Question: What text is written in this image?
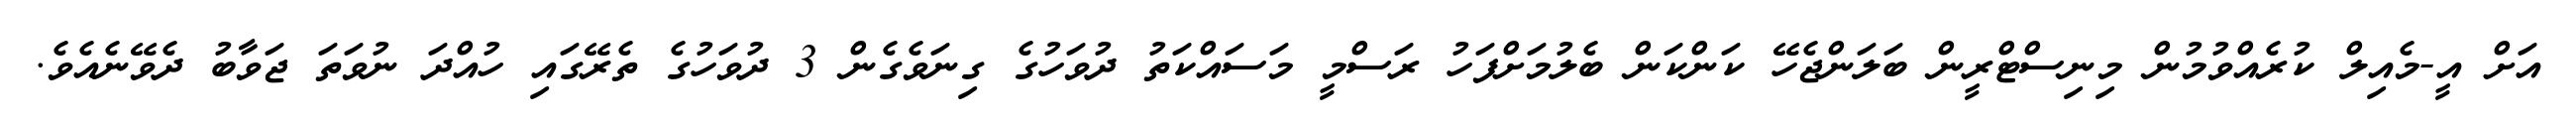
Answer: އަށް އީ-މެއިލް ކުރެއްވުމުން މިނިސްޓްރީން ބަލަންޖެހޭ ކަންކަން ބެލުމަށްފަހު ރަސްމީ މަސައްކަތު ދުވަހުގެ ގިނަވެގެން 3 ދުވަހުގެ ތެރޭގައި ހުއްދަ ނުވަތަ ޖަވާބު ދެވޭނެއެވެ.